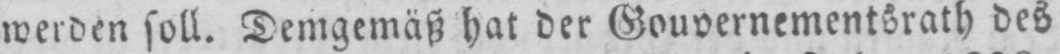
werden soll. Demgemäß hat der Gouvernementsrath des